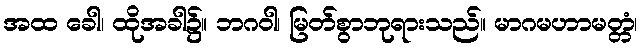
အထ ခေါ၊ ထိုအခါ၌။ ဘဂဝါ၊ မြတ်စွာဘုရားသည်။ မာဂမဟာမတ္တံ၊